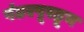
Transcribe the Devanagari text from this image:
पंढरपूरहून